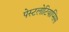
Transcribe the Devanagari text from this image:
पेस्टलोटियाप्सिस